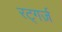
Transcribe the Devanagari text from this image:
रट्गर्ज़